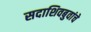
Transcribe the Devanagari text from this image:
सदाशिवबुवांचे